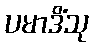
ပမာဒိံသု